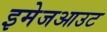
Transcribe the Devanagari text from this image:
इमेजआउट